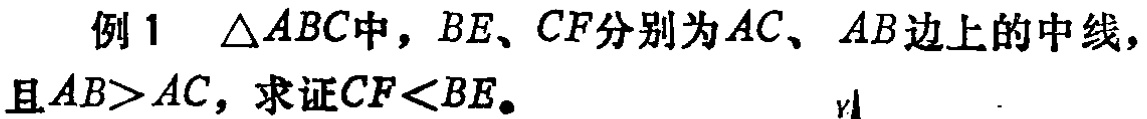
例1 $\triangle ABC$中，$BE、CF$分别为$AC、AB$边上的中线，且$AB>AC$，求证$CF<BE$。